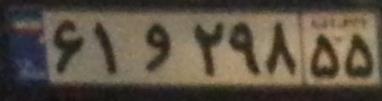
۶۱و۲۹۸۵۵